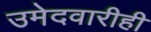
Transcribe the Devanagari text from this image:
उमेदवारीही